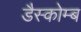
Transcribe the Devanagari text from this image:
डैस्कोम्ब